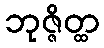
ဘုဇ္ဇိတ္ထ